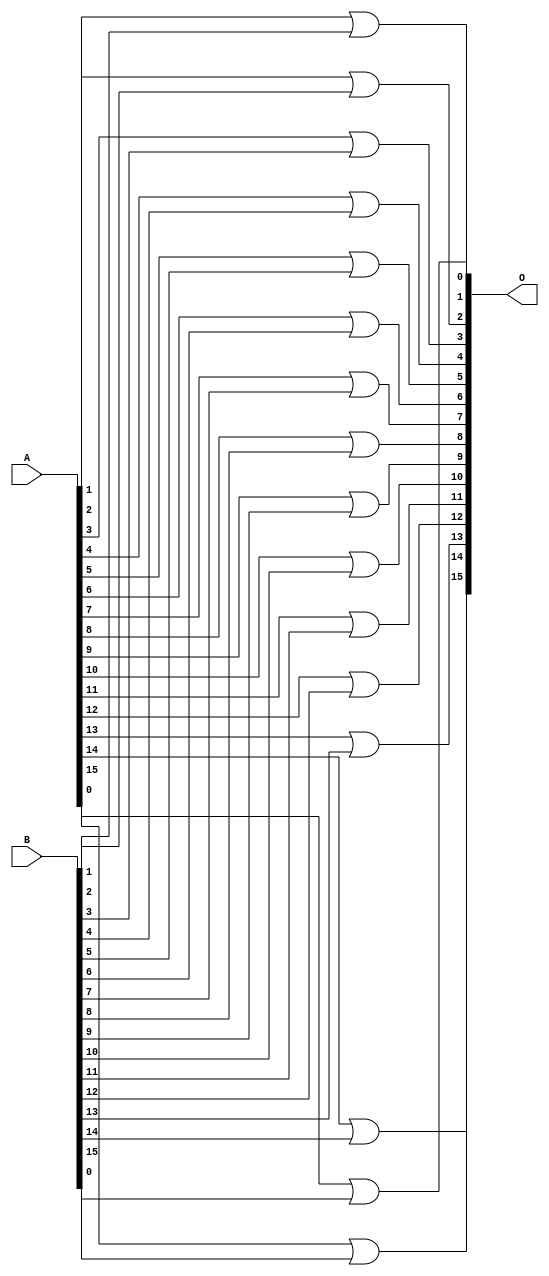
module or16 (
    O, A, B
);

input [15:0] A;
input [15:0] B;
output [15:0] O;

assign O[0] = A[0] | B[0];
assign O[1] = A[1] | B[1];
assign O[2] = A[2] | B[2];
assign O[3] = A[3] | B[3];
assign O[4] = A[4] | B[4];
assign O[5] = A[5] | B[5];
assign O[6] = A[6] | B[6];
assign O[7] = A[7] | B[7];
assign O[8] = A[8] | B[8];
assign O[9] = A[9] | B[9];
assign O[10] = A[10] | B[10];
assign O[11] = A[11] | B[11];
assign O[12] = A[12] | B[12];
assign O[13] = A[13] | B[13];
assign O[14] = A[14] | B[14];
assign O[15] = A[15] | B[15];
    
endmodule